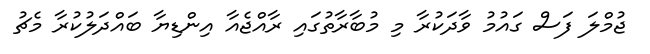
ޖުމްލަ ފަސް ގައުމު ވާދަކުރާ މި މުބާރާތުގައި ރާއްޖެއާ އިންޑިޔާ ބައްދަލުކުރާ މެޗު